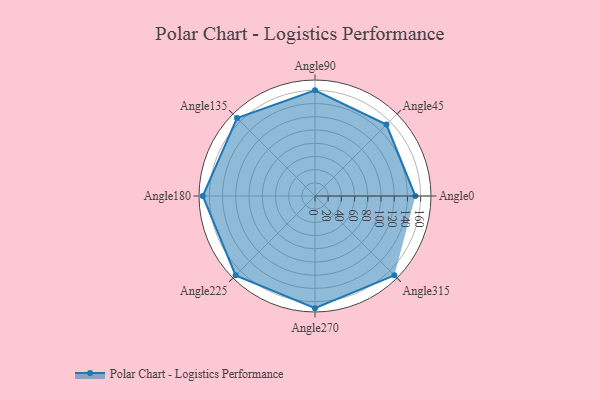
{"axis": {"x": "Angle", "y": "Radius"}, "legend": [""], "data": [{"x": "Angle0", "y": 152.0, "type": ""}, {"x": "Angle45", "y": 153.0, "type": ""}, {"x": "Angle90", "y": 160.0, "type": ""}, {"x": "Angle135", "y": 167.0, "type": ""}, {"x": "Angle180", "y": 170, "type": ""}, {"x": "Angle225", "y": 170, "type": ""}, {"x": "Angle270", "y": 170, "type": ""}, {"x": "Angle315", "y": 170, "type": ""}]}